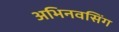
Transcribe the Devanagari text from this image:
अभिनवसिंग